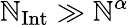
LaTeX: \mathbb{N}_{\mathrm{{Int}}}\gg{\mathbb{N}^{\alpha}}